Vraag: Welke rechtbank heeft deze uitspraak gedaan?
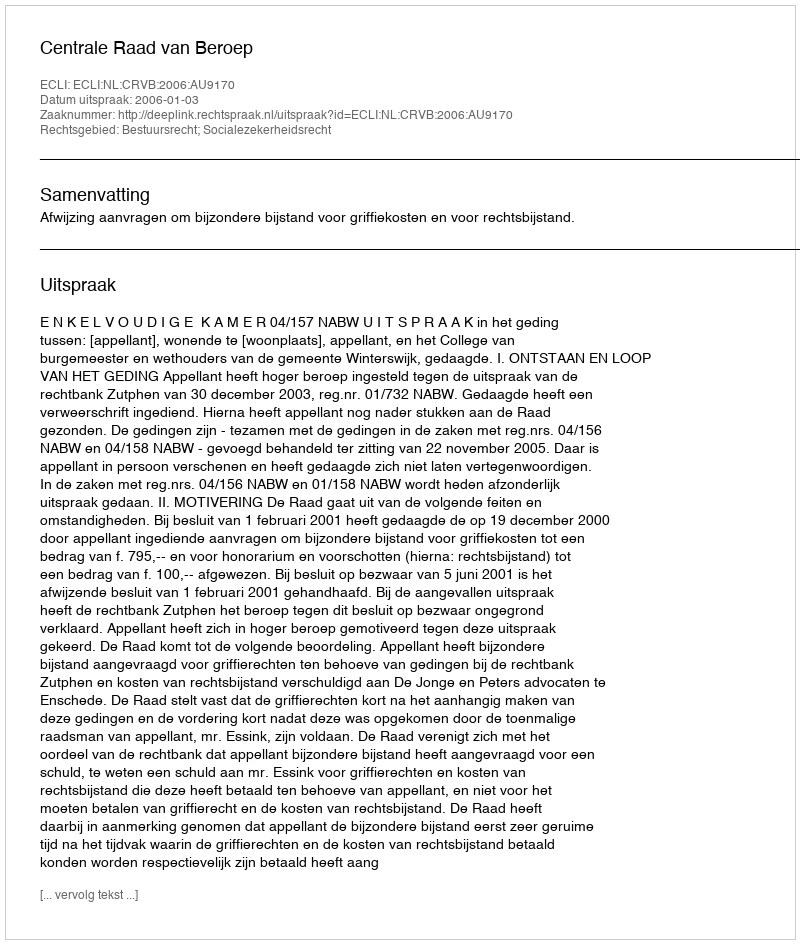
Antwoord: Centrale Raad van Beroep